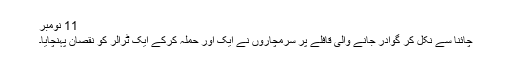
11 نومبر
چائنا سے نکل کر گوادر جانے والی قافلے پر سرمچاروں نے ایک اور حملہ کرکے ایک ٹرالر کو نقصان پہنچایا۔